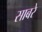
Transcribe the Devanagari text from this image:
साबरे